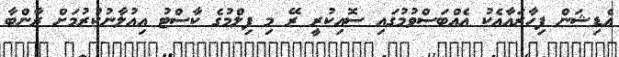
އެޑިޝަން ފިހާރައާއެކު އެއްބަސްވުމުގައި ސޮއިކުރީ ރޭ މި ފިލްމުގެ ކާސްޓު އިއުލާނުކުރުމަށް ރާންބާ